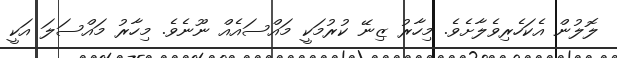
ލޮލުން އެކަހެރިވެލާށެވެ. މިހާރު ޒިނޭ ކުރުމަކީ މައްސައެއް ނޫނެވެ. މިހާރު މައްސަލަ އަކީ